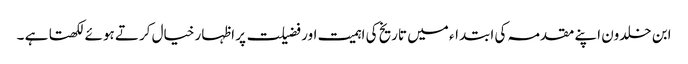
ابن خلدون اپنے مقدمہ کی ابتداء میں تاریخ کی اہمیت اور فضیلت پر اظہار خیال کرتے ہوئے لکھتا ہے ۔